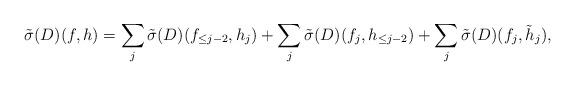
LaTeX: \begin{align*}\tilde \sigma(D)(f,h)=\sum_j \tilde \sigma(D) (f_{\le j-2}, h_j)+ \sum_j \tilde \sigma(D) (f_j, h_{\le j-2})+ \sum_j \tilde \sigma(D) (f_j, \tilde h_j),\end{align*}